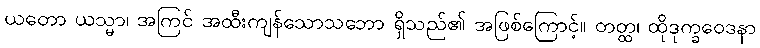
ယတော ယသ္မာ၊ အကြင် အထီးကျန်သောသဘော ရှိသည်၏ အဖြစ်ကြောင့်။ တတ္ထ၊ ထိုဒုက္ခဝေဒနာ